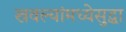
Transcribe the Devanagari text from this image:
खवल्यांमध्येसुद्धा